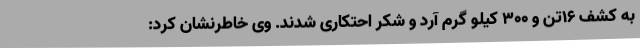
به کشف 16تن و 300 کیلو گرم آرد و شکر احتکاری شدند. وی خاطرنشان کرد: